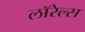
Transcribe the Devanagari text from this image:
लॉरेल्स